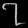
Digit: ၇